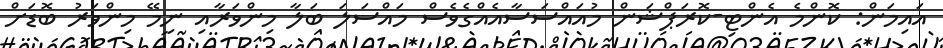
އައިމަން: ކޮންމެ އެންޓި-ކޮރަޕްޝަން މުއައްސަސާއެއްގެވެސް މައްސަލަ ބަލާ މިންވަރާއި ނިމޭ މިންވަރު ބޮޑަށް